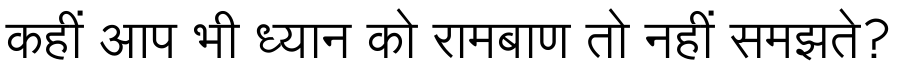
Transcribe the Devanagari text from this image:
कहीं आप भी ध्यान को रामबाण तो नहीं समझते?